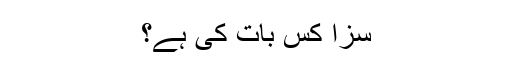
سزا کس بات کی ہے؟